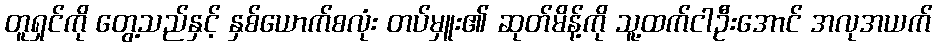
တူရှင်ကို တွေ့သည်နှင့် နှစ်ယောက်စလုံး တပ်မှူး၏ ဆုတ်မိန့်ကို သူ့ထက်ငါဦးအောင် အလုအယက်